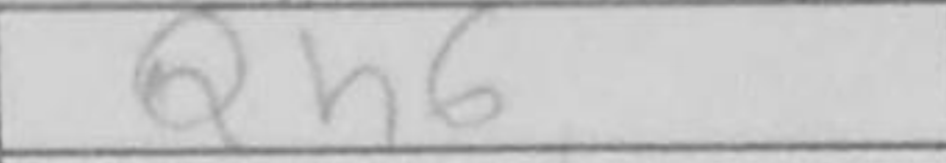
Transcription: Qh6